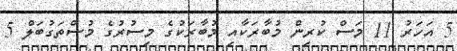
5 އަހަރު 11 މަސް ކުރިން މުބާރަކާއި މުބާރަކުގެ މިސުރުގެ މުސްތަގުބަލް 5